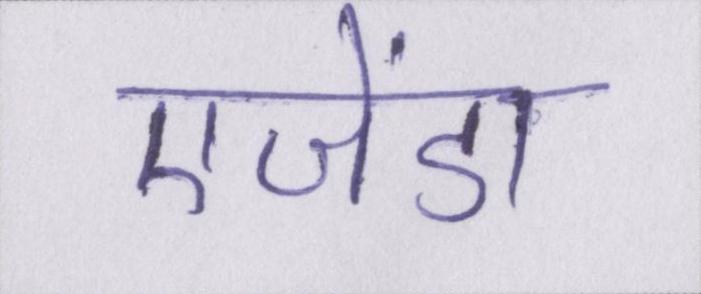
एजेंडा